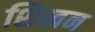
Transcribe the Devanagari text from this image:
शिखन